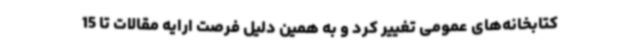
کتابخانه‌های عمومی تغییر کرد و به همین دلیل فرصت ارایه مقالات تا 15